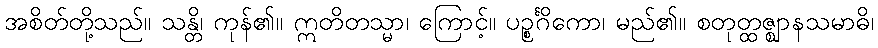
အစိတ်တို့သည်။ သန္တိ၊ ကုန်၏။ ဣတိတသ္မာ၊ ကြောင့်။ ပဉ္စင်္ဂိကော၊ မည်၏။ စတုတ္ထဇ္ဈာနသမာဓိ၊